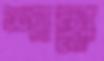
শাহ্লা